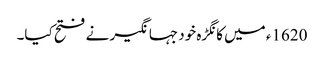
1620ء میں کانگڑہ خود جہانگیر نے فتح کیا۔